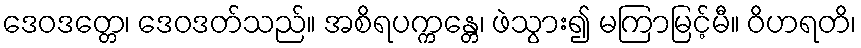
ဒေဝဒတ္တေ၊ ဒေဝဒတ်သည်။ အစိရပက္ကန္တေ၊ ဖဲသွား၍ မကြာမြင့်မီ။ ဝိဟရတိ၊